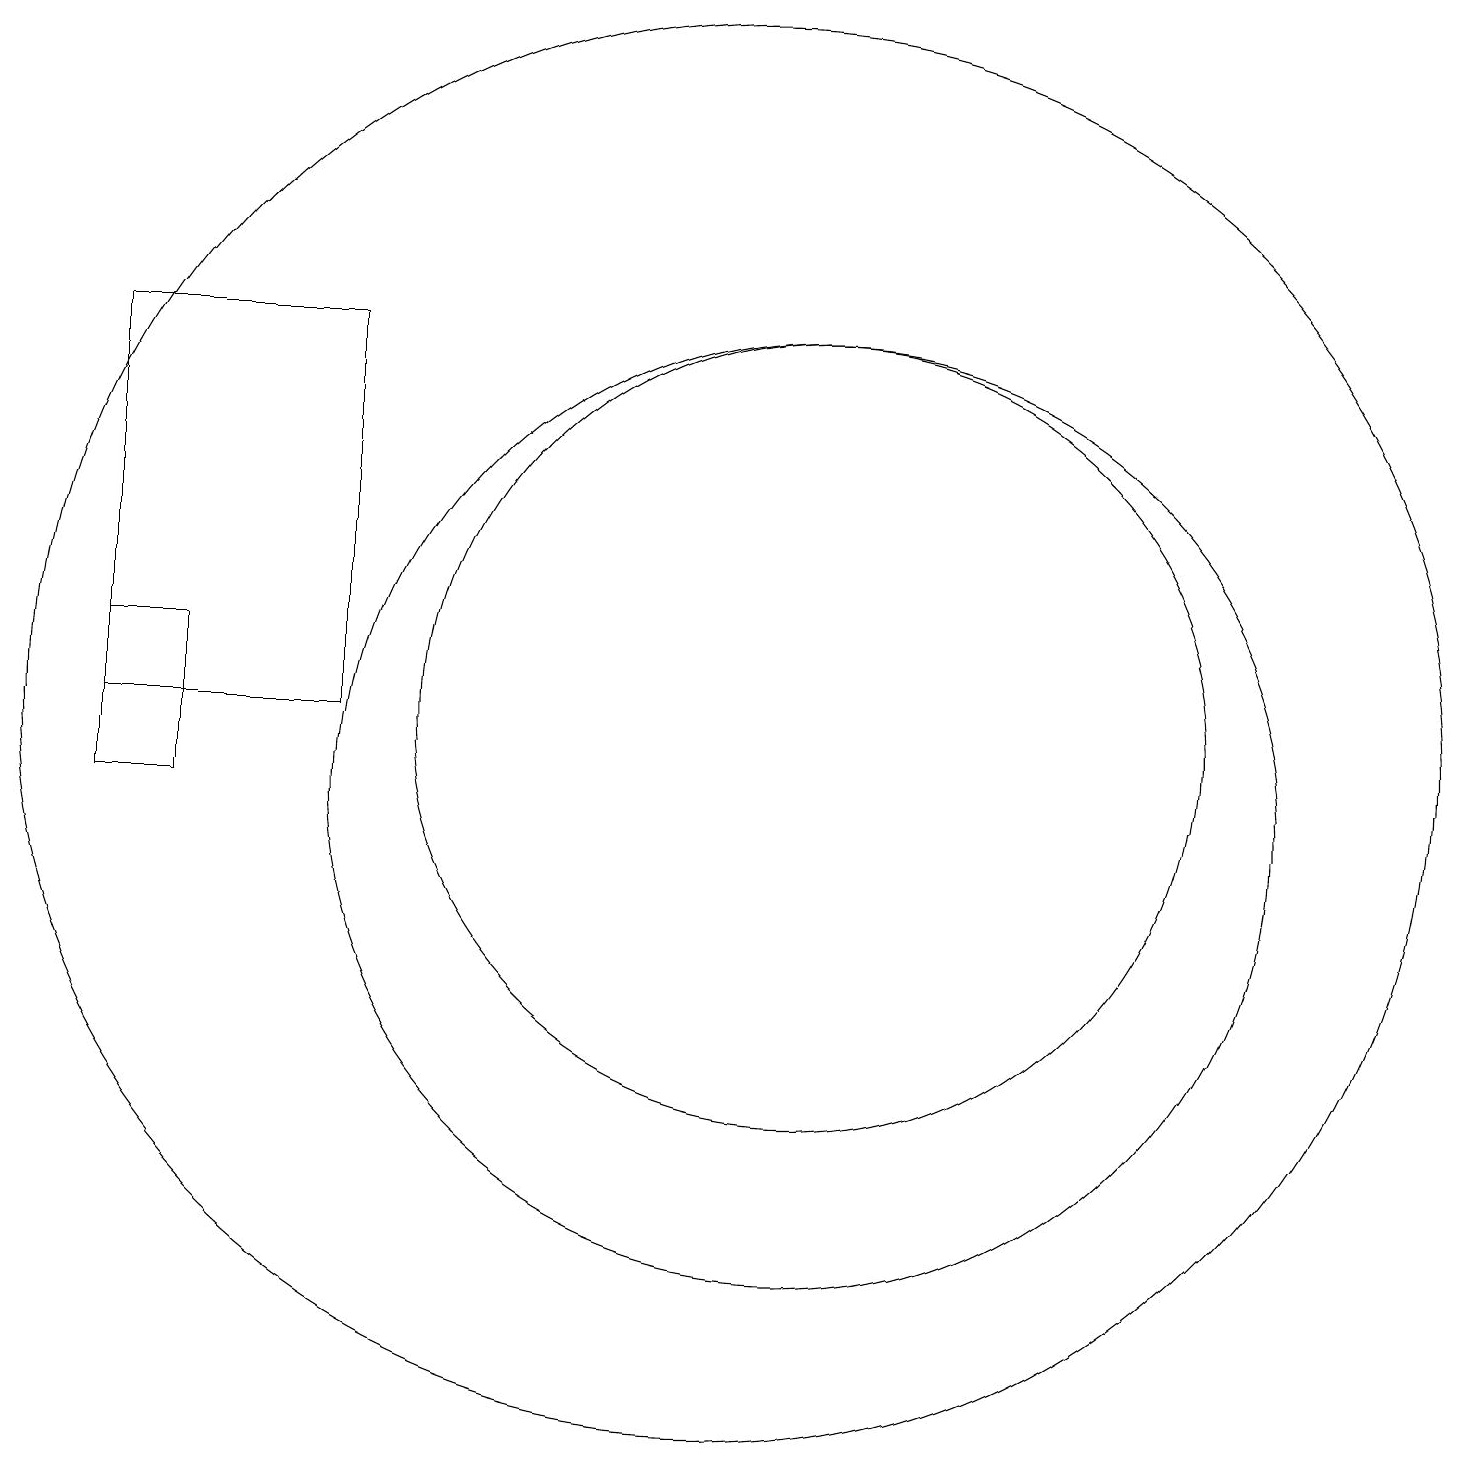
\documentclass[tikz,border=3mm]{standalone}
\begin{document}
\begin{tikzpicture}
\draw (11,11) circle (5);
\draw (10,11) circle (9);
\draw (2,16) rectangle (5,11);
\draw (11,10) circle (6);
\draw (2,10) rectangle (3,12);
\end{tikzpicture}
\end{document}